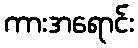
ကားအရောင်း